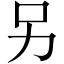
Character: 另